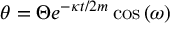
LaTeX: \theta = \Theta e ^ { - \kappa t / 2 m } \cos \left( \omega \right)